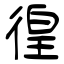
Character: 徨